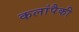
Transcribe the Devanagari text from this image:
कलांपैकी